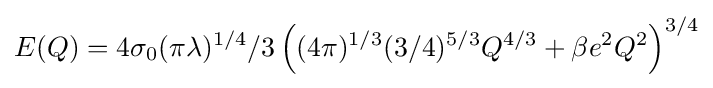
E(Q)=4\sigma _{0}(\pi \lambda )^{1/4}/3\left((4\pi )^{1/3}(3/4)^{5/3}Q^{4/3}+\beta e^{2}Q^{2}\right)^{3/4}